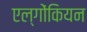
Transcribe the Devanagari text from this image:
एल्गोंकियन